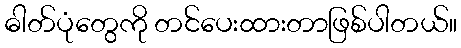
ဓါတ်ပုံတွေကို တင်ပေးထားတာဖြစ်ပါတယ်။